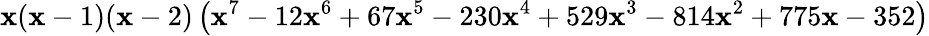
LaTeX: \mathbf{x}(\mathbf{x}-1)(\mathbf{x}-2)\left(\mathbf{x}^{7}-12\mathbf{x}^{6}+67\mathbf{x}^{5}-230\mathbf{x}^{4}+529\mathbf{x}^{3}-814\mathbf{x}^{2}+775\mathbf{x}-352\right)